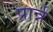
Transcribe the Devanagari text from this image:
प्रार्न्न